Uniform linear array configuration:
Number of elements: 16
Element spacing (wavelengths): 0.5
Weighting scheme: exponential
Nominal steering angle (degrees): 45
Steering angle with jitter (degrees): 45.526
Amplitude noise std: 0.05
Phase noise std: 0.05

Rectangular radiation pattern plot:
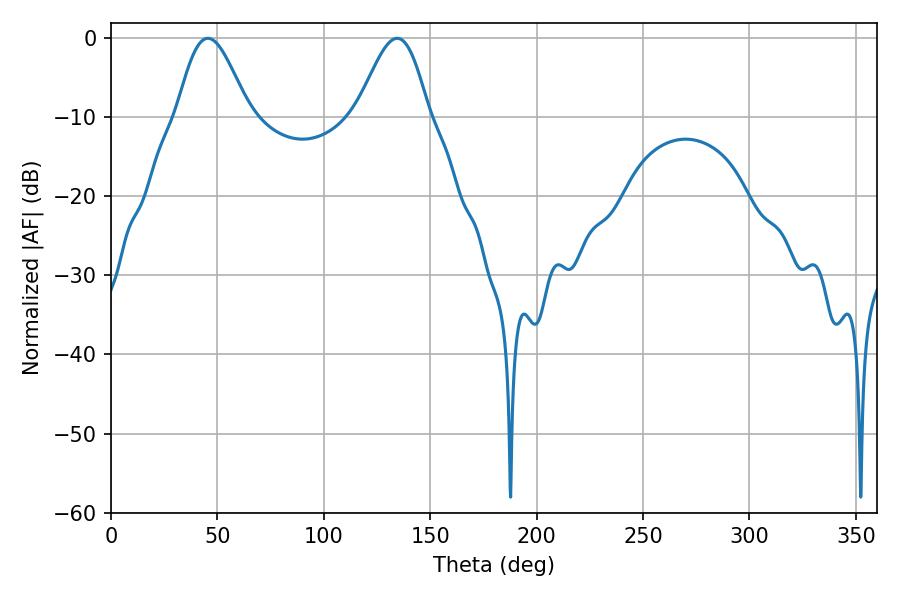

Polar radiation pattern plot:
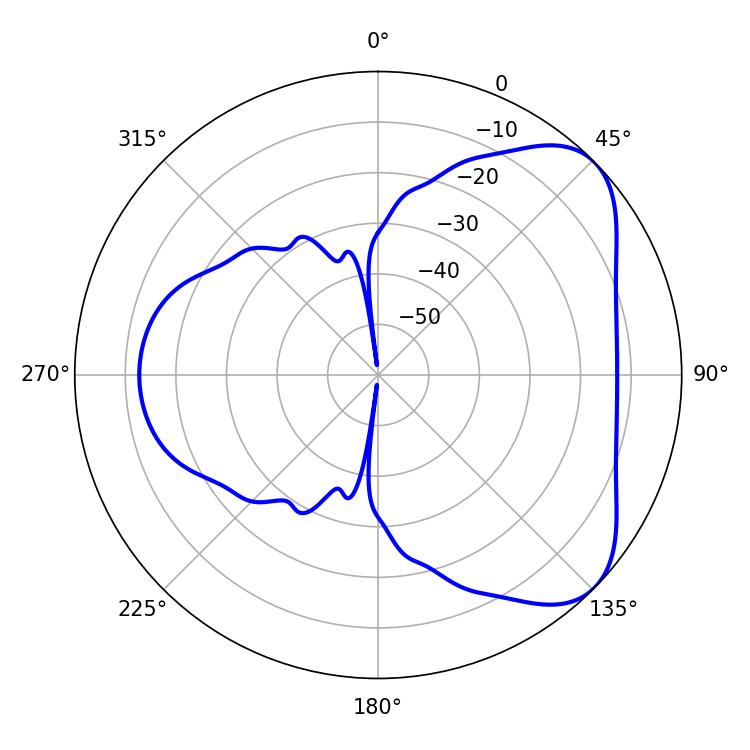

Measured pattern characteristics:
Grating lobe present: FALSE
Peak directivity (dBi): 5.814
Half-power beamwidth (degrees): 18
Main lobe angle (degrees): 45.54